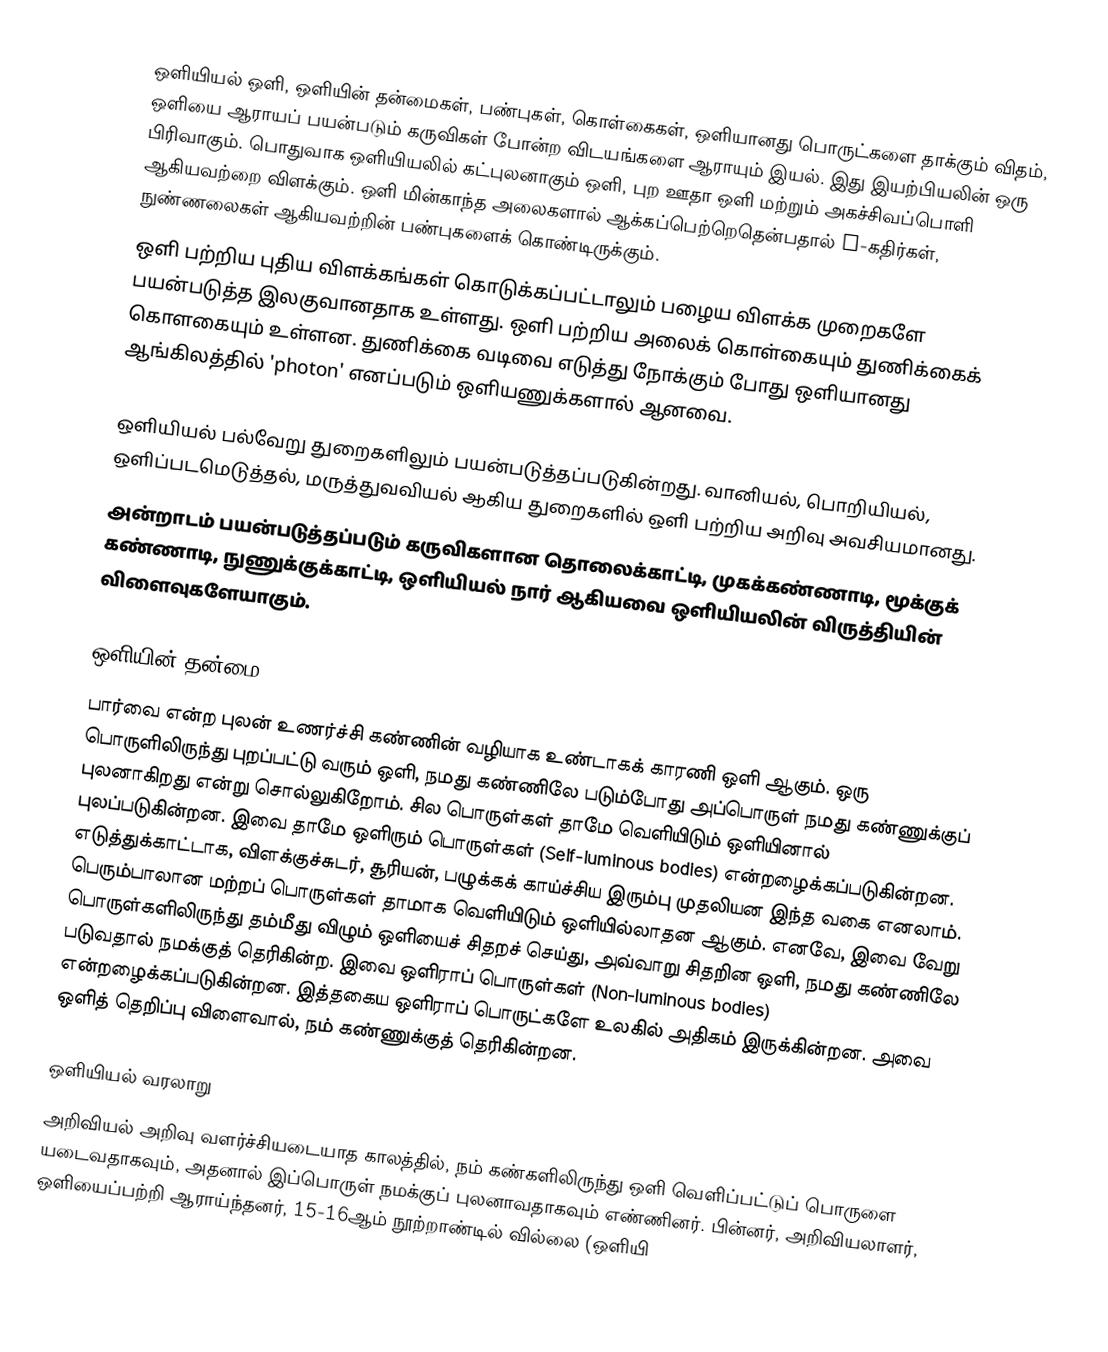
ஒளியியல் ஒளி, ஒளியின் தன்மைகள், பண்புகள், கொள்கைகள், ஒளியானது பொருட்களை தாக்கும் விதம், ஒளியை ஆராயப் பயன்படும் கருவிகள் போன்ற விடயங்களை ஆராயும் இயல்.  இது இயற்பியலின் ஒரு பிரிவாகும். பொதுவாக ஒளியியலில் கட்புலனாகும் ஒளி, புற ஊதா ஒளி மற்றும் அகச்சிவப்பொளி ஆகியவற்றை விளக்கும். ஒளி மின்காந்த அலைகளால் ஆக்கப்பெற்றெதென்பதால் x-கதிர்கள், நுண்ணலைகள் ஆகியவற்றின் பண்புகளைக் கொண்டிருக்கும்.
ஒளி பற்றிய புதிய விளக்கங்கள் கொடுக்கப்பட்டாலும் பழைய விளக்க முறைகளே பயன்படுத்த இலகுவானதாக உள்ளது. ஒளி பற்றிய அலைக் கொள்கையும் துணிக்கைக் கொளகையும் உள்ளன. துணிக்கை வடிவை எடுத்து நோக்கும் போது ஒளியானது ஆங்கிலத்தில் 'photon' எனப்படும் ஒளியணுக்களால் ஆனவை.

ஒளியியல் பல்வேறு துறைகளிலும் பயன்படுத்தப்படுகின்றது. வானியல், பொறியியல், ஒளிப்படமெடுத்தல், மருத்துவவியல் ஆகிய துறைகளில் ஒளி பற்றிய அறிவு அவசியமானது.
அன்றாடம் பயன்படுத்தப்படும் கருவிகளான தொலைக்காட்டி, முகக்கண்ணாடி, மூக்குக் கண்ணாடி, நுணுக்குக்காட்டி, ஒளியியல் நார் ஆகியவை ஒளியியலின் விருத்தியின் விளைவுகளேயாகும்.

ஒளியின் தன்மை
பார்வை என்ற புலன் உணர்ச்சி கண்ணின் வழியாக உண்டாகக் காரணி ஒளி ஆகும். ஒரு பொருளிலிருந்து புறப்பட்டு வரும் ஒளி, நமது கண்ணிலே படும்போது அப்பொருள் நமது கண்ணுக்குப் புலனாகிறது என்று சொல்லுகிறோம். சில பொருள்கள் தாமே வெளியிடும் ஒளியினால் புலப்படுகின்றன. இவை தாமே ஒளிரும் பொருள்கள் (Self-luminous bodies) என்றழைக்கப்படுகின்றன. எடுத்துக்காட்டாக, விளக்குச்சுடர், சூரியன், பழுக்கக் காய்ச்சிய இரும்பு முதலியன இந்த வகை எனலாம். பெரும்பாலான மற்றப் பொருள்கள் தாமாக வெளியிடும் ஒளியில்லாதன ஆகும். எனவே, இவை வேறு பொருள்களிலிருந்து தம்மீது விழும் ஒளியைச் சிதறச் செய்து, அவ்வாறு சிதறின ஒளி, நமது கண்ணிலே படுவதால் நமக்குத் தெரிகின்ற. இவை ஒளிராப் பொருள்கள் (Non-luminous bodies) என்றழைக்கப்படுகின்றன. இத்தகைய ஒளிராப் பொருட்களே உலகில் அதிகம் இருக்கின்றன. அவை ஒளித் தெறிப்பு விளைவால், நம் கண்ணுக்குத் தெரிகின்றன.

ஒளியியல் வரலாறு
அறிவியல் அறிவு வளர்ச்சியடையாத காலத்தில், நம் கண்களிலிருந்து ஒளி வெளிப்பட்டுப் பொருளை யடைவதாகவும், அதனால் இப்பொருள் நமக்குப் புலனாவதாகவும்  எண்ணினர். பின்னர், அறிவியலாளர், ஒளியைப்பற்றி ஆராய்ந்தனர், 15-16ஆம் நூற்றாண்டில் வில்லை (ஒளியி